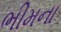
ભીમના